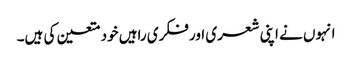
انہوں نے اپنی شعری اور فکری راہیں خود متعین کی ہیں۔